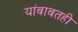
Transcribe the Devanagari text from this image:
यांबाबतही